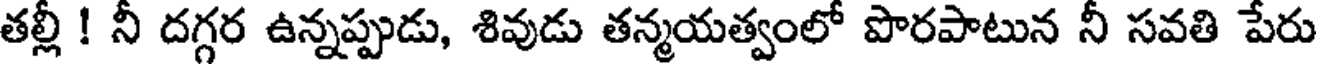
తల్లీ ! నీ దగ్గర ఉన్నప్పుడు, శివుడు తన్మయత్వంలో పొరపాటున నీ సవతి పేరు